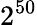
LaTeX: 2^{50}